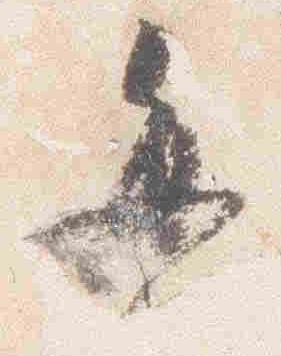
毎